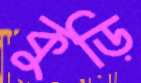
কুড়ি